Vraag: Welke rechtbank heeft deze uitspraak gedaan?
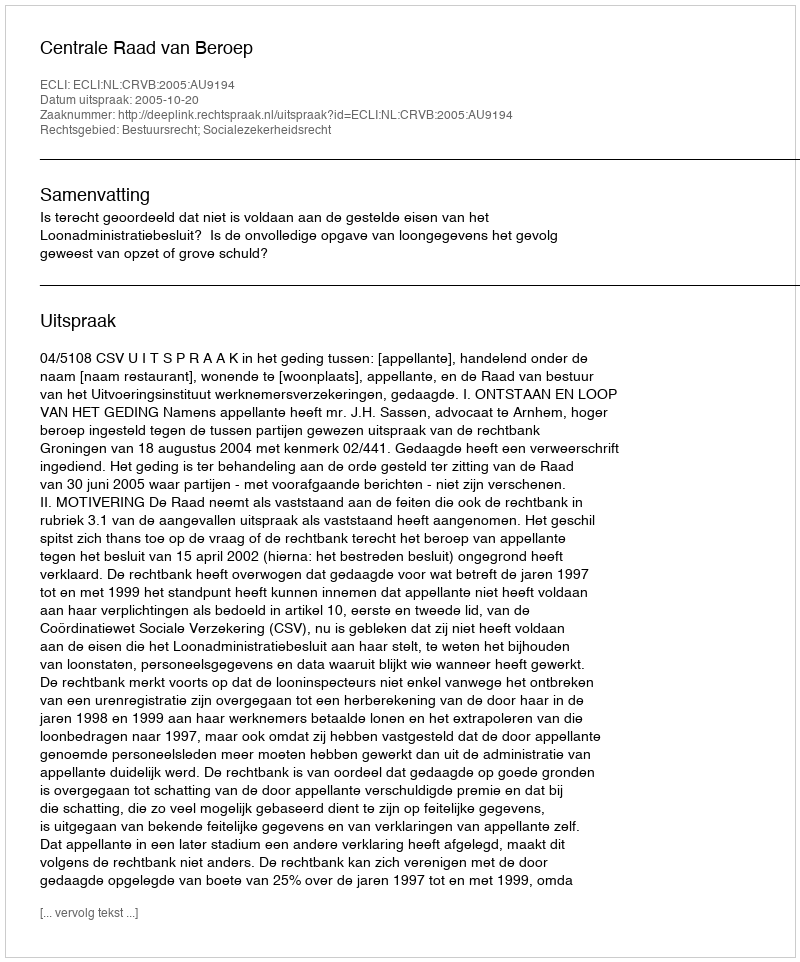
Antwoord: Centrale Raad van Beroep